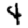
Digit: 4